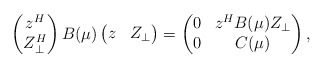
\begin{align*}\begin{pmatrix}z^{H} \\Z_{\bot}^{H} \\\end{pmatrix}B(\mu)\begin{pmatrix}z & Z_{\bot} \\\end{pmatrix}=\begin{pmatrix}0 & z^{H}B(\mu)Z_{\bot}\\0 & C(\mu) \\\end{pmatrix},\end{align*}